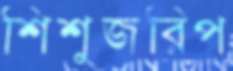
শিশুজরিপ